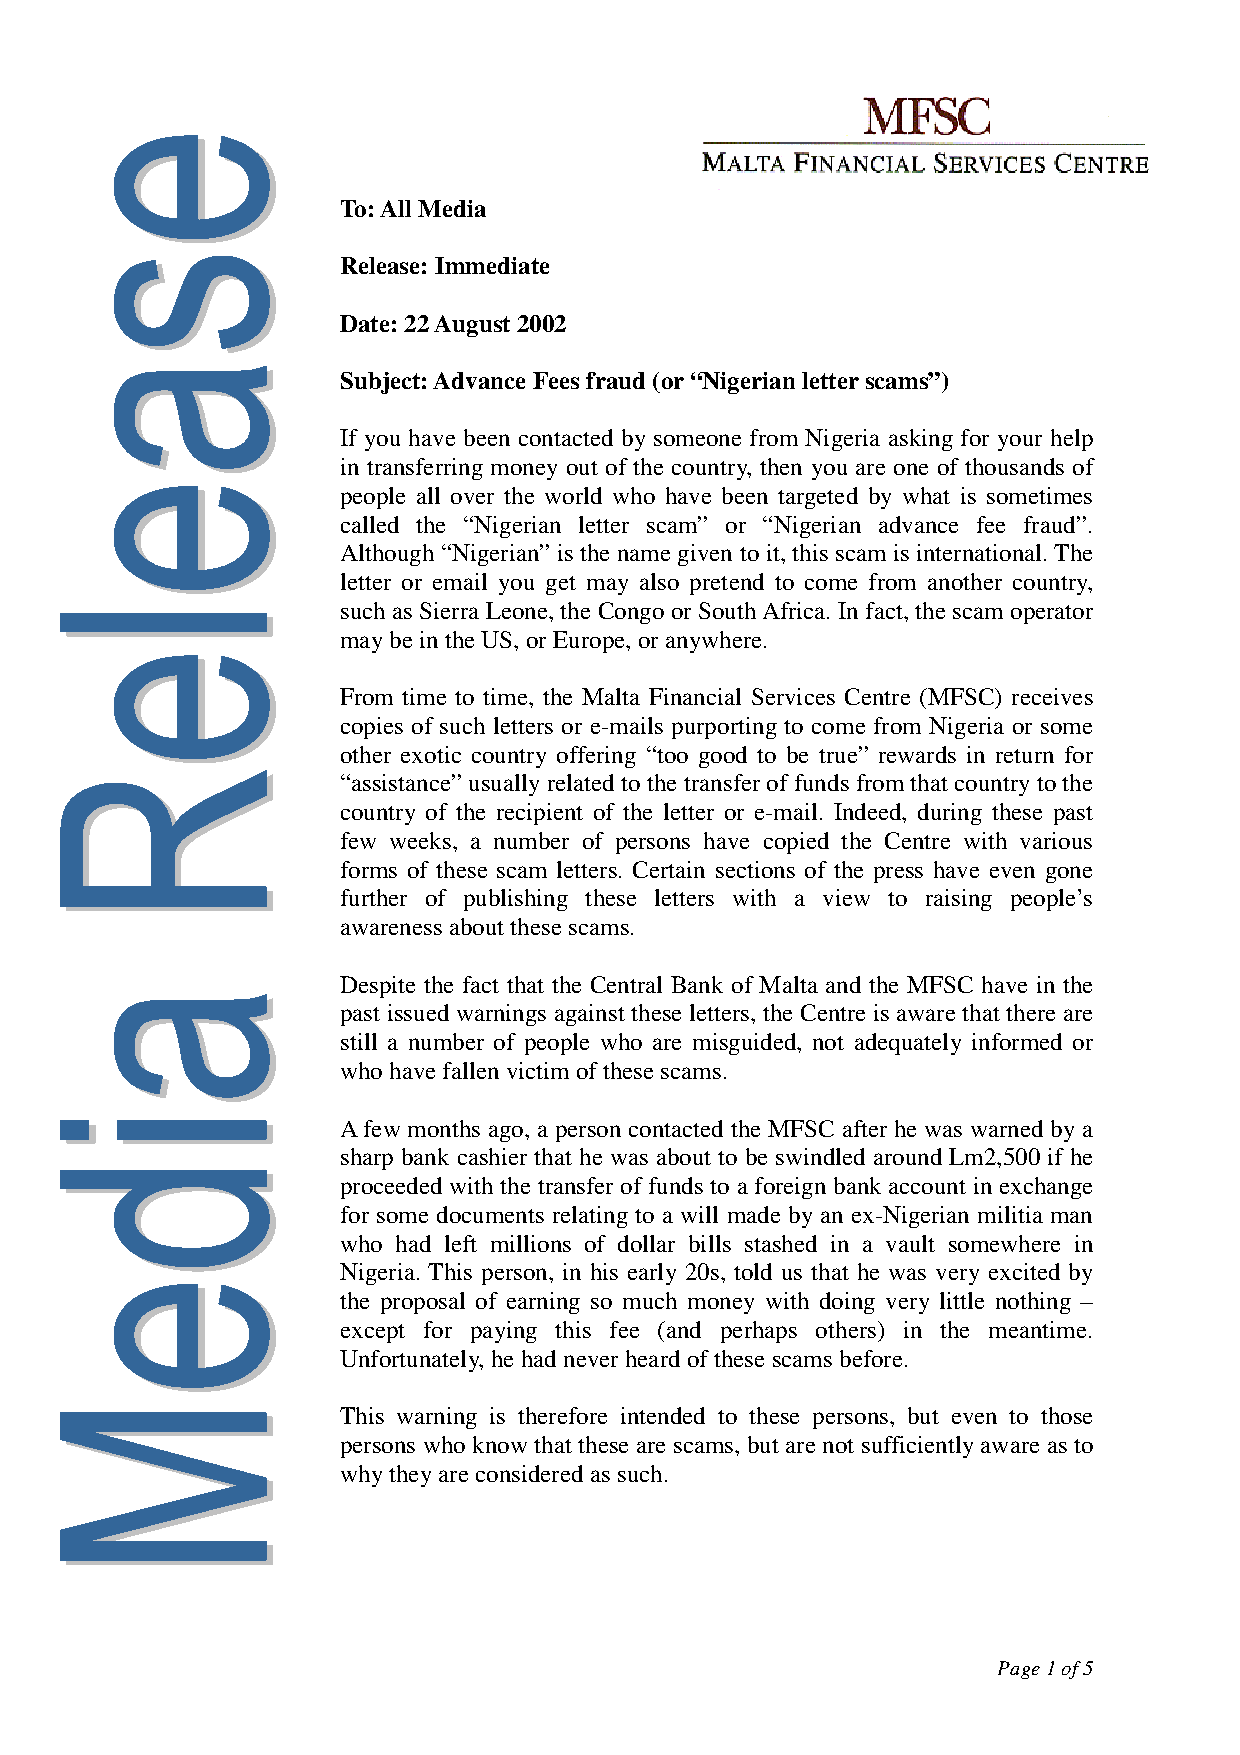
To: All Media
 Release: Immediate
 Date: 22 August 2002
 Subject: Advance Fees fraud (or “Nigerian letter scams”)
 If you have been contacted by someone from Nigeria asking for your help
 in transferring money out of the country, then you are one of thousands of
 people all over the world who have been targeted by what is sometimes
 called the “Nigerian letter scam” or “Nigerian advance fee fraud”.
 Although “Nigerian” is the name given to it, this scam is international. The
 letter or email you get may also pretend to come from another country,
 such as Sierra Leone, the Congo or South Africa. In fact, the scam operator
 may be in the US, or Europe, or anywhere.
 From time to time, the Malta Financial Services Centre (MFSC) receives
 copies of such letters or e-mails purporting to come from Nigeria or some
 other exotic country offering “too good to be true” rewards in return for
 “assistance” usually related to the transfer of funds from that country to the
 country of the recipient of the letter or e-mail. Indeed, during these past
 few weeks, a number of persons have copied the Centre with various
 forms of these scam letters. Certain sections of the press have even gone
 further of publishing these letters with a view to raising people’s
 awareness about these scams.
 Despite the fact that the Central Bank of Malta and the MFSC have in the
 past issued warnings against these letters, the Centre is aware that there are
 still a number of people who are misguided, not adequately informed or
 who have fallen victim of these scams.
 A few months ago, a person contacted the MFSC after he was warned by a
 sharp bank cashier that he was about to be swindled around Lm2,500 if he
 proceeded with the transfer of funds to a foreign bank account in exchange
 for some documents relating to a will made by an ex-Nigerian militia man
 who had left millions of dollar bills stashed in a vault somewhere in
 Nigeria. This person, in his early 20s, told us that he was very excited by
 the proposal of earning so much money with doing very little nothing –
 except for paying this fee (and perhaps others) in the meantime.
 Unfortunately, he had never heard of these scams before.
 This warning is therefore intended to these persons, but even to those
 persons who know that these are scams, but are not sufficiently aware as to
 why they are considered as such.
 Page 1 of 5